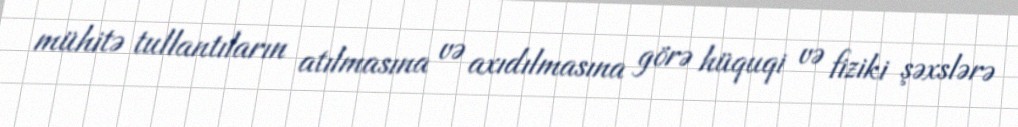
mühitə tullantıların atılmasına və axıdılmasına görə hüquqi və fiziki şəxslərə